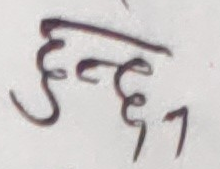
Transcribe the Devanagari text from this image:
हुन्छा